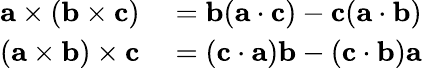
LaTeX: \begin{array}{rl}{\mathbf{a}\times(\mathbf{b}\times\mathbf{c})}&{{}=\mathbf{b}(\mathbf{a}\cdot\mathbf{c})-\mathbf{c}(\mathbf{a}\cdot\mathbf{b})}\\ {(\mathbf{a}\times\mathbf{b})\times\mathbf{c}}&{{}=(\mathbf{c}\cdot\mathbf{a})\mathbf{b}-(\mathbf{c}\cdot\mathbf{b})\mathbf{a}}\end{array}